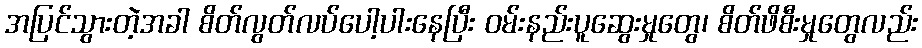
အပြင်သွားတဲ့အခါ စိတ်လွတ်လပ်ပေါ့ပါးနေပြီး ဝမ်းနည်းပူဆွေးမှုတွေ၊ စိတ်ဖိစီးမှုတွေလည်း